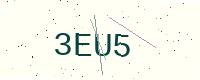
Text: 3EU5